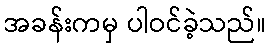
အခန်းကမှ ပါဝင်ခဲ့သည်။